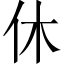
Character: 休